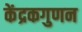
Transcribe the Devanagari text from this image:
केंद्रकगुणन